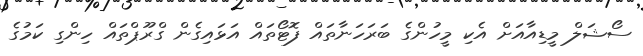
ސޯޝަލް މީޑިއާއަށް އެކި މީހުންގެ ބަރަހަނާތައް ފޮޓޯތައް އަޅައިގެން ގްރޫޕްތައް ހިންގި ކަމުގެ